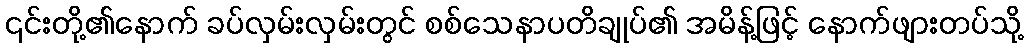
၎င်းတို့၏နောက် ခပ်လှမ်းလှမ်းတွင် စစ်သေနာပတိချုပ်၏ အမိန့်ဖြင့် နောက်ဖျားတပ်သို့